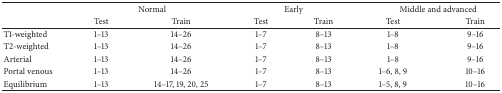
<table><thead><tr><td><b> </b></td><td colspan="2"><b>Normal</b></td><td colspan="2"><b>Early</b></td><td colspan="2"><b>Middle and advanced</b></td></tr><tr><td><b> </b></td><td><b>Test</b></td><td><b>Train</b></td><td><b>Test</b></td><td><b>Train</b></td><td><b>Test</b></td><td><b>Train</b></td></tr></thead><tbody><tr><td>T1-weighted</td><td>1–13</td><td>14–26</td><td>1–7</td><td>8–13</td><td>1–8</td><td>9–16</td></tr><tr><td>T2-weighted</td><td>1–13</td><td>14–26</td><td>1–7</td><td>8–13</td><td>1–8</td><td>9–16</td></tr><tr><td>Arterial</td><td>1–13</td><td>14–26</td><td>1–7</td><td>8–13</td><td>1–8</td><td>9–16</td></tr><tr><td>Portal venous</td><td>1–13</td><td>14–26</td><td>1–7</td><td>8–13</td><td>1–6, 8, 9</td><td>10–16</td></tr><tr><td>Equilibrium</td><td>1–13</td><td>14–17, 19, 20, 25</td><td>1–7</td><td>8–13</td><td>1–5, 8, 9</td><td>10–16</td></tr></tbody></table>